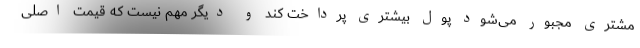
مشتری مجبور می‌شود پول بیشتری پرداخت کند و دیگر مهم نیست که قیمت اصلی